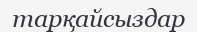
тарқайсыздар